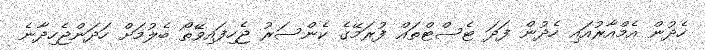
ހެދުން އެމްއާރުއައި ހެދުން ފަދަ ޓެސްޓްތައް ފުރަމޭގެ ކެންސަރު ޖެހިފައިވޭތޯ ބެލުމަށް ހަދަންޖެހިދާނެ